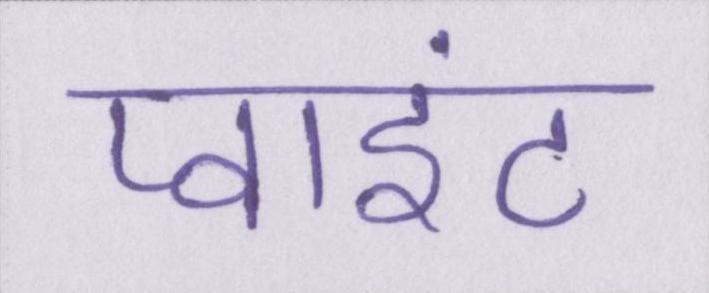
प्वाइंट